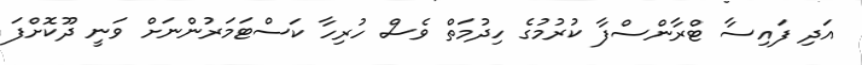
އަދި ފައިސާ ޓްރާންސްފާ ކުރުމުގެ ހިދުމަތް ވެސް ހުރިހާ ކަސްޓަމަރުންނަށް ވަނީ ދޫކޮށްފަ